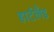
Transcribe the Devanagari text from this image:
हार्टलॅंड